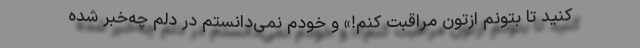
کنید تا بتونم ازتون مراقبت کنم!» و خودم نمی‌دانستم در دلم چه‌خبر شده